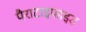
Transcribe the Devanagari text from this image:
पैराटाइफाइड